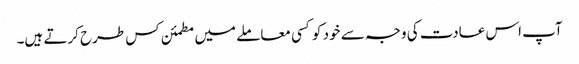
آپ اس عادت کی وجہ سے خود کو کسی معاملے میں مطمئن کس طرح کرتے ہیں۔